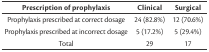
<table><thead><tr><td><b>Prescription of prophylaxis</b></td><td><b>Clinical</b></td><td><b>Surgical</b></td></tr></thead><tbody><tr><td>Prophylaxis prescribed at correct dosage</td><td>24 (82.8%)</td><td>12 (70.6%)</td></tr><tr><td>Prophylaxis prescribed at incorrect dosage</td><td>5 (17.2%)</td><td>5 (29.4%)</td></tr><tr><td>Total</td><td>29</td><td>17</td></tr></tbody></table>